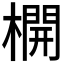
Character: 𣛣